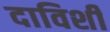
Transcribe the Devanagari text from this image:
दाविशी